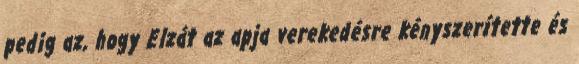
pedig az, hogy Elzát az apja verekedésre kényszerítette és